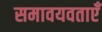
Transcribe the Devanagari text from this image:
समावयवताएँ